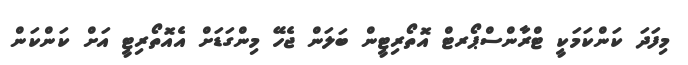
މިފަދަ ކަންކަމަކީ ޓްރާންސްޕޯރޓް އޮތޯރިޓީން ބަލަން ޖެހޭ މިންގަޑަށް އެއޮތޯރިޓީ އަށް ކަންކަން